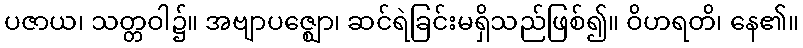
ပဇာယ၊ သတ္တဝါ၌။ အဗျာပဇ္ဈော၊ ဆင်ရဲခြင်းမရှိသည်ဖြစ်၍။ ဝိဟရတိ၊ နေ၏။